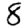
Digit: 8